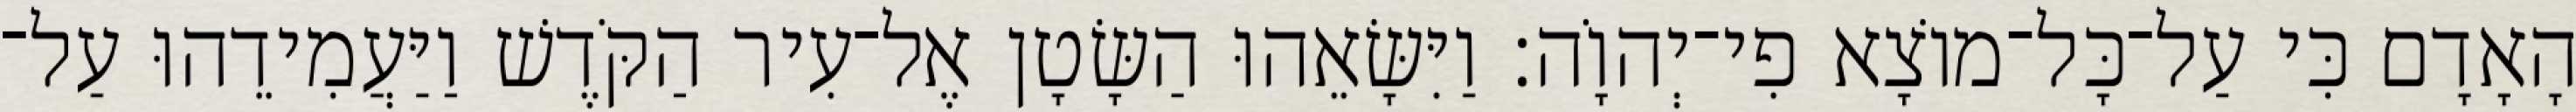
הָאָדָם כִּי עַל־כָּל־מוֹצָא פִי־יְהוָֹה׃ וַיִּשָּׂאֵהוּ הַשָּׂטָן אֶל־עִיר הַקֹּדֶשׁ וַיַּעֲמִידֵהוּ עַל־